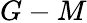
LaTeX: G-M